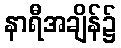
နာရီအချိန်၌